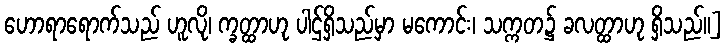
ဟောရာရောက်သည် ဟူလို၊ က္ခတ္ထာဟု ပါဌ်ရှိသည်မှာ မကောင်း၊ သက္ကတ၌ ခလတ္ထာဟု ရှိသည်။]